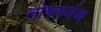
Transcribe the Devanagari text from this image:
लोककर्तव्य